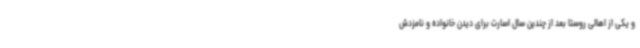
و یکی از اهالی روستا بعد از چندین سال اسارت برای دیدن خانواده و نامزدش